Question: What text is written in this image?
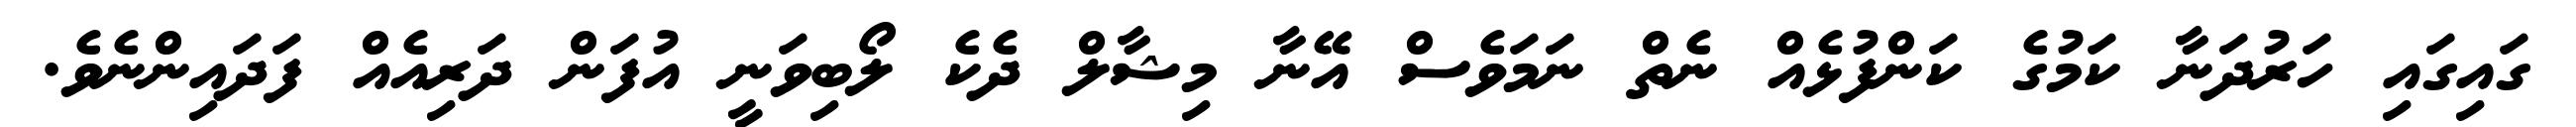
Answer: ގައިގައި ހަރުދަނާ ކަމުގެ ކަންފުޅެއް ނެތް ނަމަވެސް އޭނާ މިޝާލް ދެކެ ލޯބިވަނީ އުފަން ދަރިއެއް ފަދައިންނެވެ.